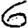
Digit: 6